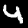
Label: 4